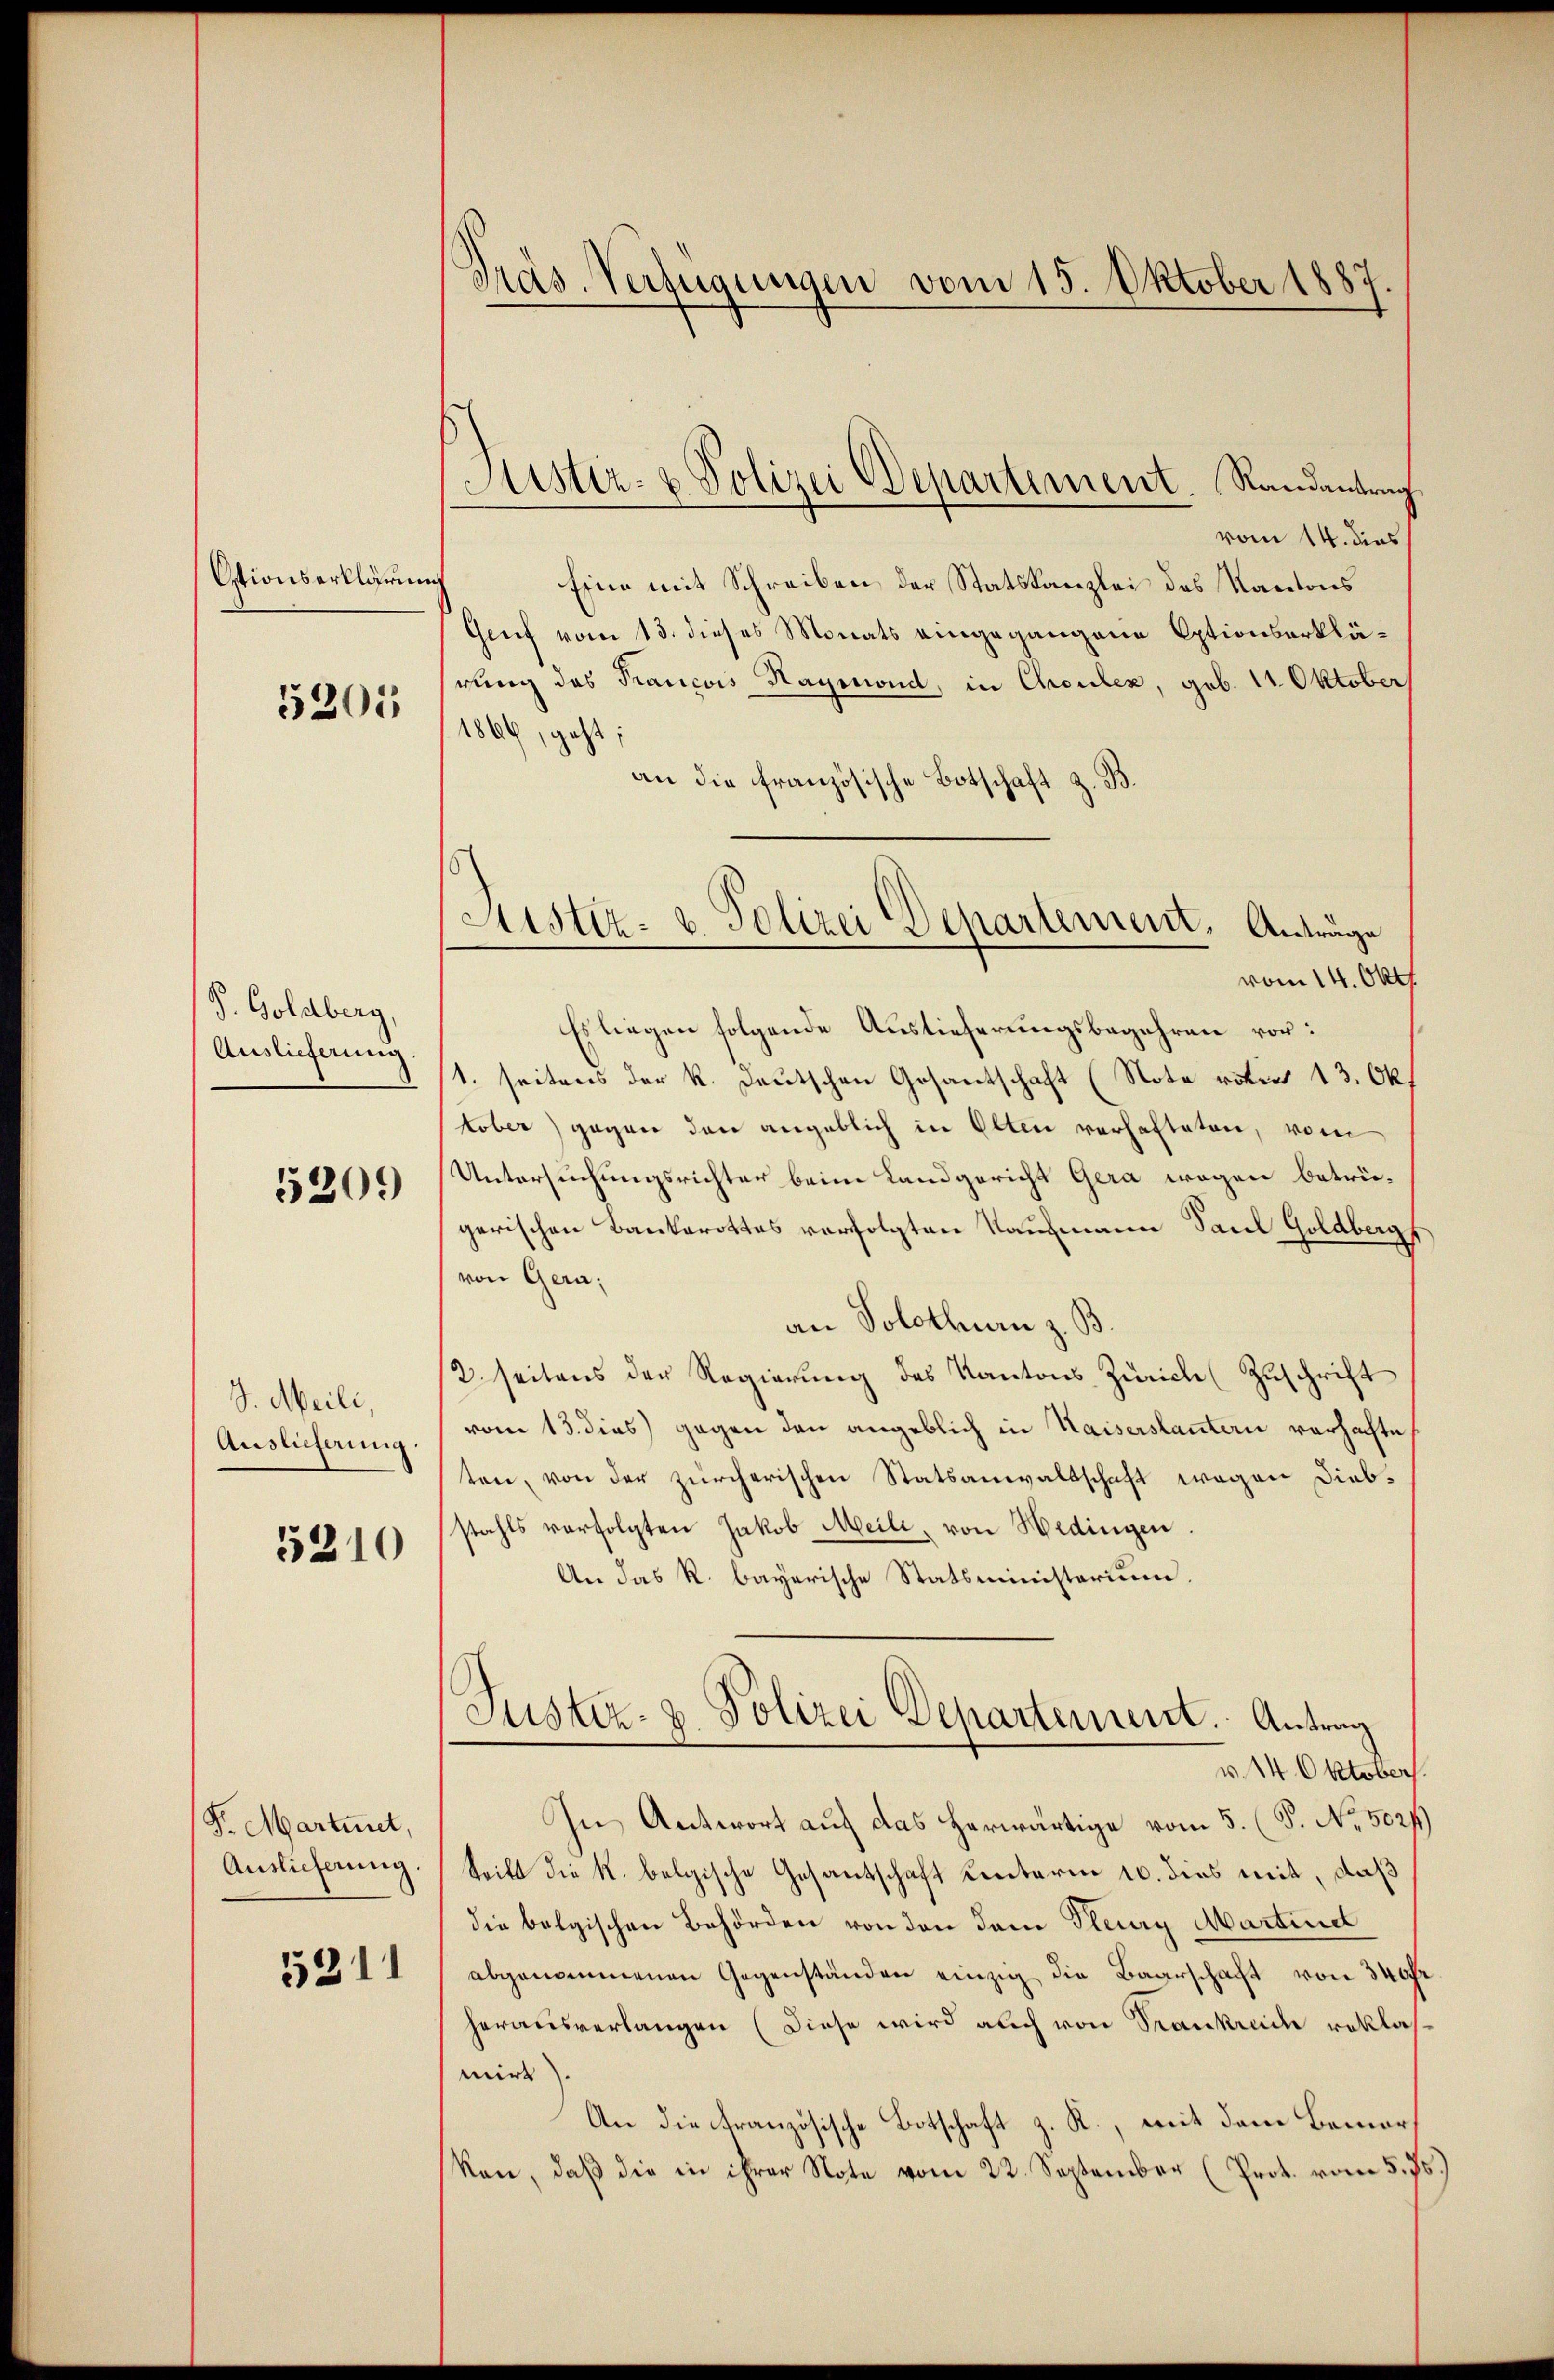
Otionserklärung
5205

P. Goldberg,
Auslieferung

5209

J. Meili,
Auslieferung.
5210

Pr. Martinet,
Auslieferung.

5531

Pras. Verfügungen vom 15. Oktober 1887.

Aistiz- & Polizei Departement. Randantrag

Sistiz- & Polizei Departement, Anträge
vom 14. Okt.

vom 14. dies
Eine mit Schreiben der Statskanzlei des Kantons
Genf vom 13. dieses Monats eingegangene Optionserklärung des Francois Haymond, in Choulex, geb. 11. Oktober
1866, geht;
an die französische Botschaft z. B
Es liegen folgende Auslieferungsbegehren vor:
1. seitens der K. Deutschen Gesantschaft (Note votis 13. Ok
tober) gegen den angeblich in Olten verhafteten, vom
Untersuchungsrichter beim Landgericht Gera wegen betrü-
gerischen Bankerottes verfolgten Kaufmann Paul Goldbergf
von Gera,
an Solothurn z. B.
2. seitens der Regierŭng des Kantons Zürich (Zuschrift
vom 13. dies gegen den angeblich in Kaiserstantern vorhafte
ten, von der zürcherischen Statsanwaltschaft wegen Diebstahls verfolgten Jakob Meili, von Hedingen
An das R. bayerische Statsministerium
Justiz- & Polizei Departement. Antrag
v. 14. Oktober.
In Antwort auf das herwärtige vom 5. (T. No. 5027)
tritt die K. belgische Gesantschaft Kenterm 10. dies mit, daß
die belgischen Behörden von den dem Pleurg Martind
abgenommenen Gegenständen einzig die Baarschaft von 340fr
herausverlangen (Diese wird auch von Sankreiche reklasmirk
An die Französische Botschaft z. R., mit dem Bemerkan, daß die in ihrer Note vom 22. September (Prot. vom 5. 75.)